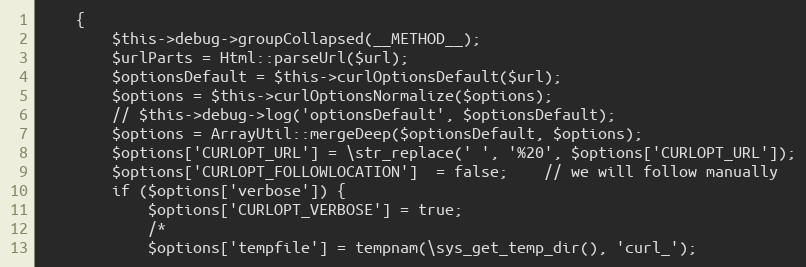
Language: PHP
    {
        $this->debug->groupCollapsed(__METHOD__);
        $urlParts = Html::parseUrl($url);
        $optionsDefault = $this->curlOptionsDefault($url);
        $options = $this->curlOptionsNormalize($options);
        // $this->debug->log('optionsDefault', $optionsDefault);
        $options = ArrayUtil::mergeDeep($optionsDefault, $options);
        $options['CURLOPT_URL'] = \str_replace(' ', '%20', $options['CURLOPT_URL']);
        $options['CURLOPT_FOLLOWLOCATION']  = false;    // we will follow manually
        if ($options['verbose']) {
            $options['CURLOPT_VERBOSE'] = true;
            /*
            $options['tempfile'] = tempnam(\sys_get_temp_dir(), 'curl_');